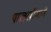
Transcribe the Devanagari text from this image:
पालखीमागे